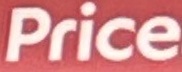
Price